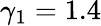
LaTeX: \gamma_{1}=1.4